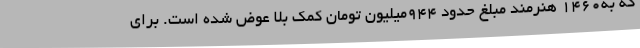
که به1460 هنرمند مبلغ حدود 944میلیون تومان کمک بلا عوض شده است. برای